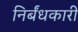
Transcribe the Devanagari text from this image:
निर्बंधकारी